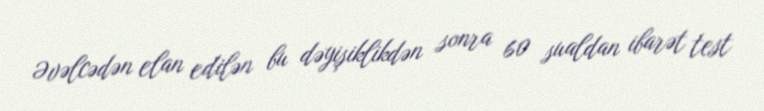
Əvəlcədən elan edilən bu dəyişiklikdən sonra 60 sualdan ibarət test